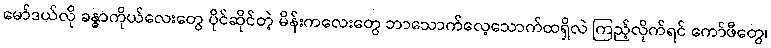
မော်ဒယ်လို ခန္ဓာကိုယ်လေးတွေ ပိုင်ဆိုင်တဲ့ မိန်းကလေးတွေ ဘာသောက်လေ့သောက်ထရှိလဲ ကြည့်လိုက်ရင် ကော်ဖီတွေ၊